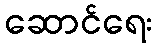
ဆောင်ရေး